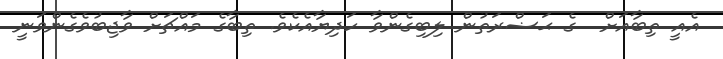
އެއީ ތިބާއަށް  ގެ ޙަޟްރަތުން ލިބިގެންވާ ހަދިޔާއެކެވެ. ތިބާގެ މައްޗަށް ވާޖިބުވެގެންވަނީ